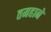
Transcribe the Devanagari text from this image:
तमहाने